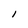
Character: l